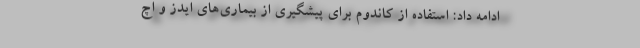
ادامه داد: استفاده از کاندوم برای پیشگیری از بیماری‌های ایدز و اچ